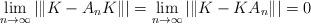
LaTeX: \begin{align*}\lim_{n \to \infty} |\|K - A_nK\|| = \lim_{n \to \infty} |\|K - KA_n\|| = 0\end{align*}